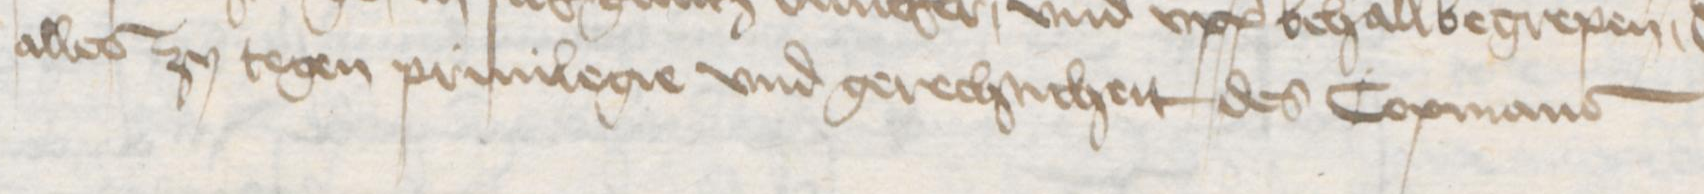
Transcription: alles zu tegen priuilegie vnd gerechticheit des Copmans